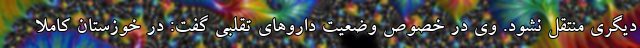
دیگری منتقل نشود. وی در خصوص وضعیت داروهای تقلبی گفت: در خوزستان کاملا